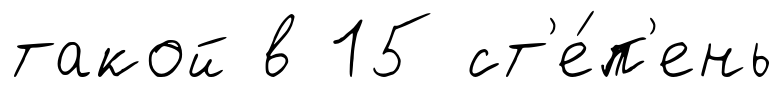
такой в 15 ст'е́п'ень